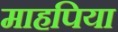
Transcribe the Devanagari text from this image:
माहपिया